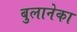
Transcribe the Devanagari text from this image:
बुलानेका